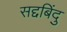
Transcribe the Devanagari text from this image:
सद्दबिंदु